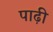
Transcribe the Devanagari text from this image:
पाढ़ी